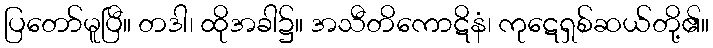
ပြတော်မူပြီ။ တဒါ၊ ထိုအခါ၌။ အသီတိကောဋိနံ၊ ကုဋေရှစ်ဆယ်တို့၏။